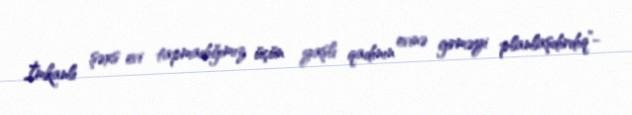
İmkanlı şəxs evi tapmadığımız üçün yaşlı qadının evinə girməyi planlaşdırdıq”-